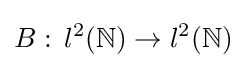
B:\,l^{2}(\mathbb {N} )\to l^{2}(\mathbb {N} )